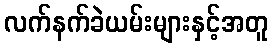
လက်နက်ခဲယမ်းများနှင့်အတူ